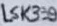
Text: LSK389